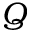
Q